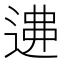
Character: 𨔂